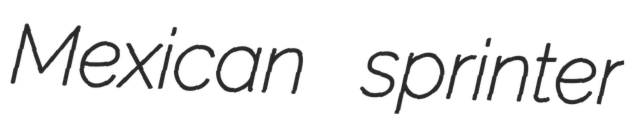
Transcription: Mexican sprinter